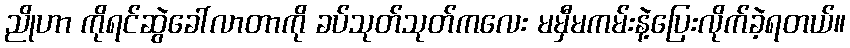
ညိုဟာ ကိုရင်ဆွဲခေါ်လာတာကို ခပ်သုတ်သုတ်ကလေး မမှီမကမ်းနဲ့ပြေးလိုက်ခဲ့ရတယ်။